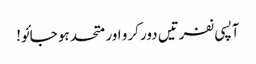
آپسی نفرتیں دور کرو اور متحد ہو جائو!